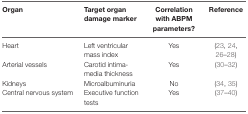
| Organ | Target organ damage marker | Correlation with ABPM parameters? | Reference |
 | --- | --- | --- | --- |
 | Heart | Left ventricular mass index | Yes | (23, 24, 26–28) |
 | Arterial vessels | Carotid intima-media thickness | Yes | (30–32) |
 | Kidneys | Microalbuminuria | No | (34, 35) |
 | Central nervous system | Executive function tests | Yes | (37–40) |